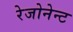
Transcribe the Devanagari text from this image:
रेजोनेन्ट